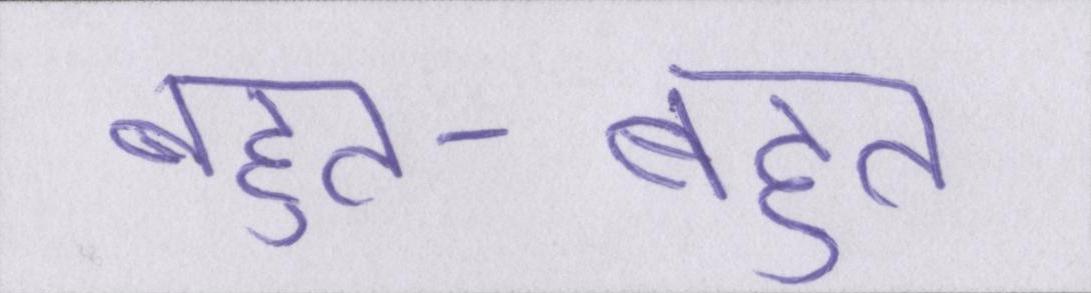
बहुत-बहुत